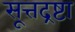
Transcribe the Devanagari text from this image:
सूत्तद्रष्टा